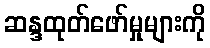
ဆန္ဒထုတ်ဖော်မှုများကို